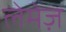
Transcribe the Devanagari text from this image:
लेमेज़